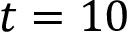
t = 1 0